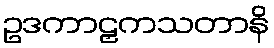
ဥဒကာဠှကသတာနိ